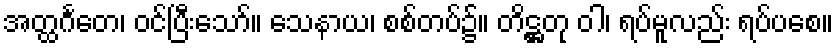
အတ္ထင်္ဂတေ၊ ဝင်ပြီးသော်။ သေနာယ၊ စစ်တပ်၌။ တိဋ္ဌတု ဝါ၊ ရပ်မူလည်း ရပ်ပစေ။